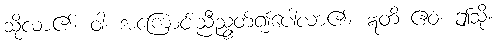
သို့လာ၏။ ဝါ၊ အကြောင်းညီညွတ်၍ပေါ်လာ၏။ ဣတိ ဧဝံ၊ ဤသို့။